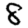
Digit: 8